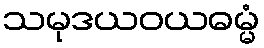
သမုဒယဝယဓမ္မံ